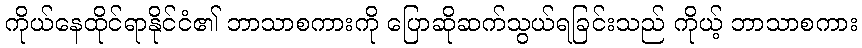
ကိုယ်နေထိုင်ရာနိုင်ငံ၏ ဘာသာစကားကို ပြောဆိုဆက်သွယ်ရခြင်းသည် ကိုယ့် ဘာသာစကား